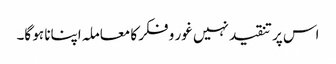
اس پر تنقید نہیں غور و فکر کا معاملہ اپنانا ہو گا۔